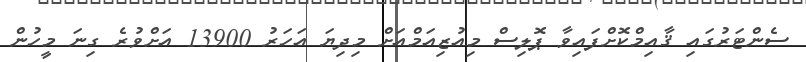
ސެންޓަރުގައި ޤާއިމްކޮށްފައިވާ ޕޮލިސް މިއުޒިއަމްއަށް މިދިޔަ އަހަރު 13900 އަށްވުރެ ގިނަ މީހުން